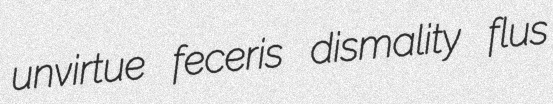
unvirtue feceris dismality flus